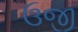
ઉજી